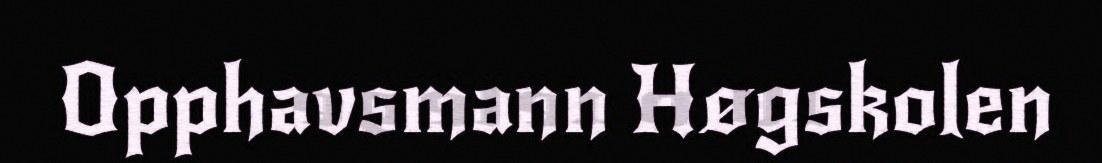
Opphavsmann Høgskolen